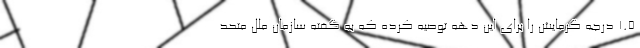
۱.۵ درجه گرمایش را برای این دهه توصیه کرده که به گفته سازمان ملل متحد